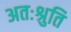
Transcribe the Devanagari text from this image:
अतःश्रुति